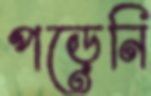
পড়েনি